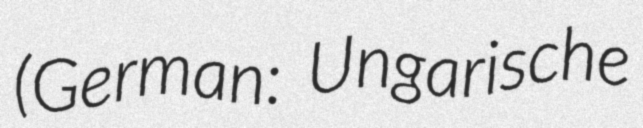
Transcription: (German: Ungarische